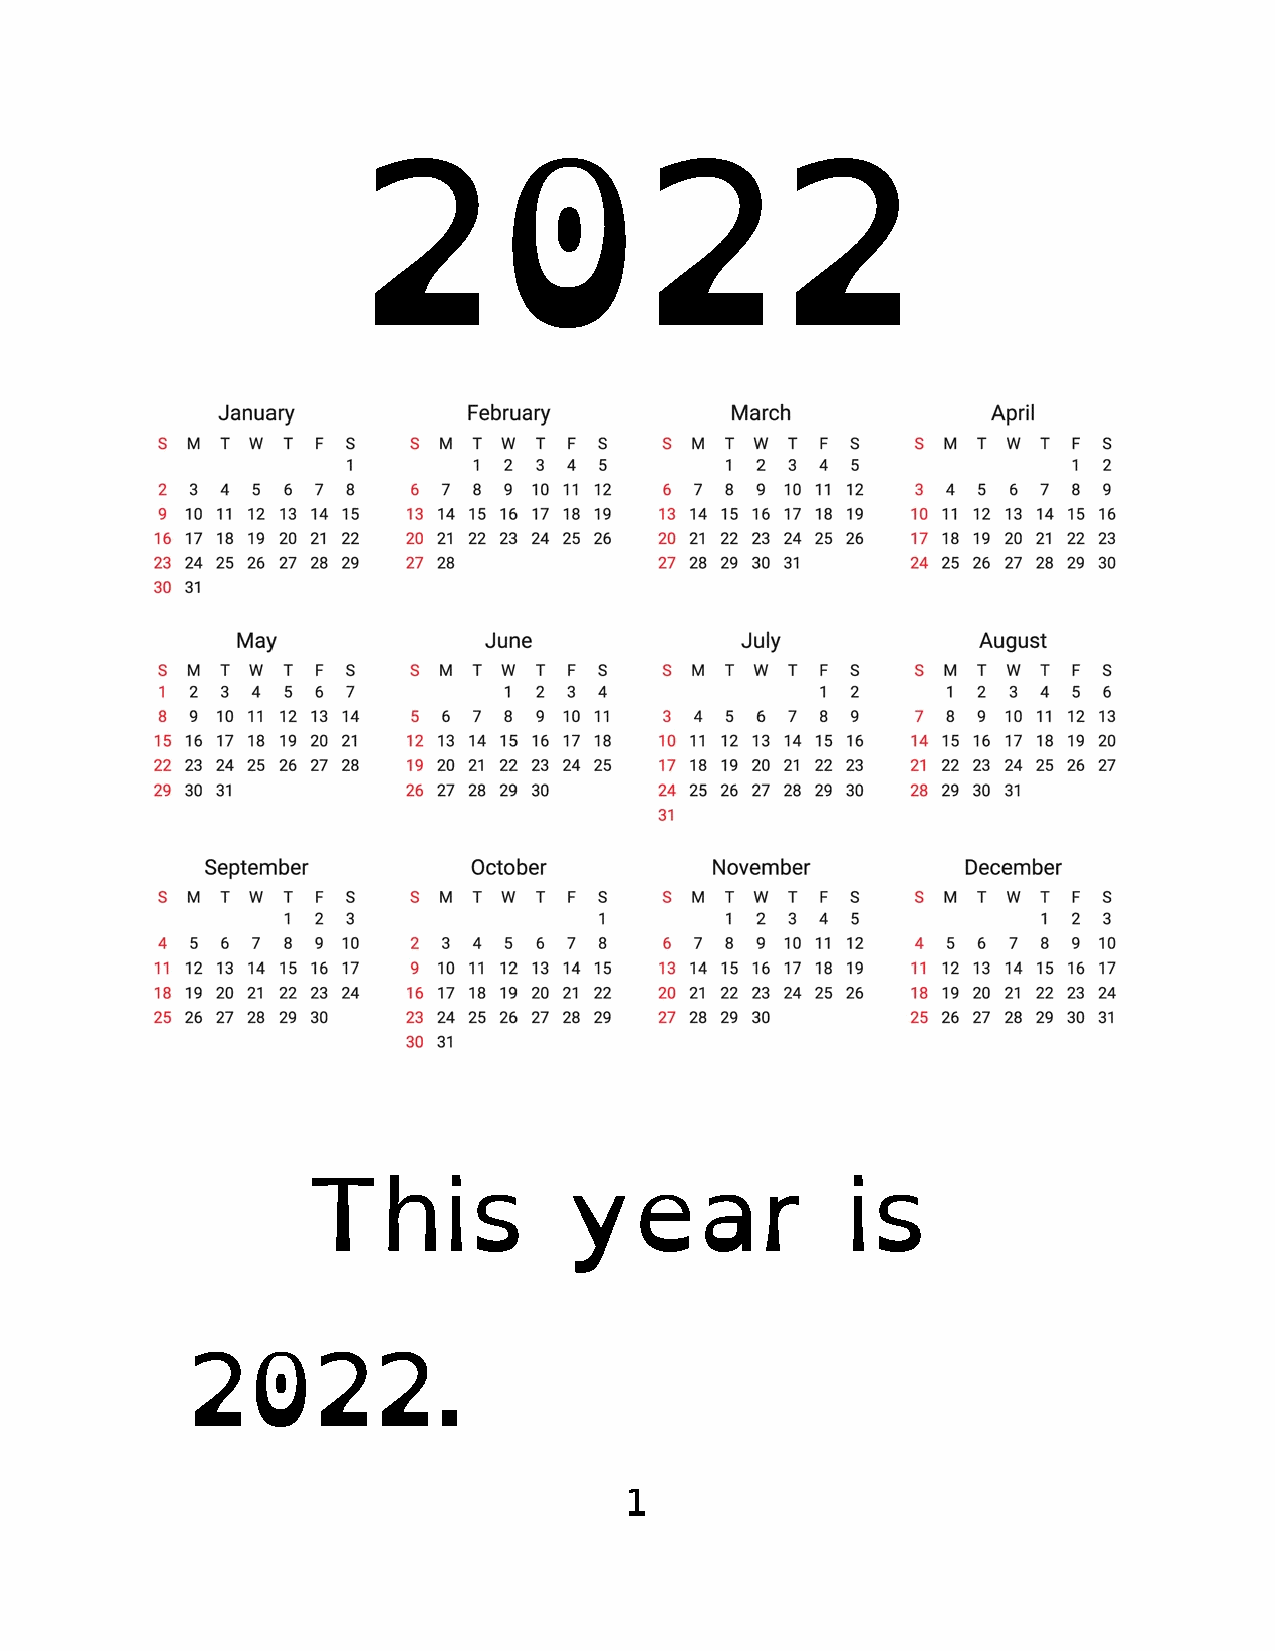
2022
 This             year               is
 2022.
 1